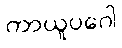
ကာယူပဂေါ